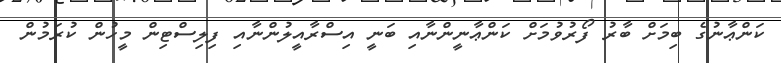
ކަންޢާނުގެ ބިމަށް ބާރު ފޯރުވުމަށް ކަންޢާނީންނާއި ބަނީ އިސްރާއީލުންނާއި ފިލިސްޓިން މީހުން ކުރަމުން